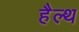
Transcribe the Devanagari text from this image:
हैल्‍थ